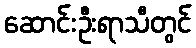
ဆောင်းဦးရာသီတွင်